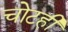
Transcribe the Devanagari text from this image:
चोटही